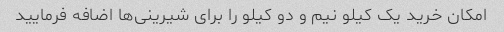
امکان خرید یک کیلو نیم و دو کیلو را برای شیرینی‌ها اضافه فرمایید